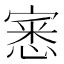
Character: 𭔎